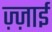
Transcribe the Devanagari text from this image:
ज़्ज़ाई